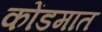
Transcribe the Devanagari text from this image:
कोंडमात